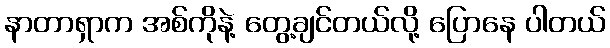
နာတာရှာက အစ်ကိုနဲ့ တွေ့ချင်တယ်လို့ ပြောနေ ပါတယ်